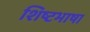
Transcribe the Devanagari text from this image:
शिष्टभाषा